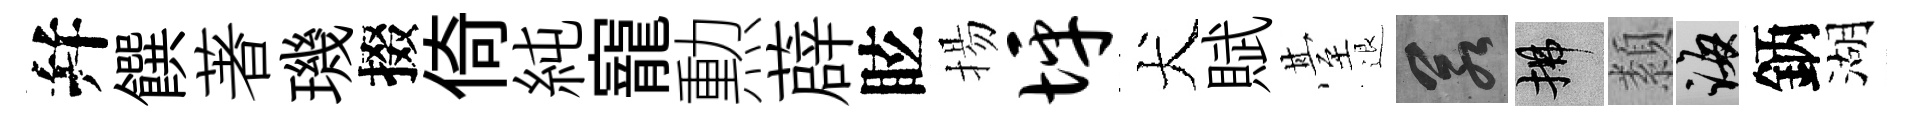
幷饌著璣掇倚純寵勲薜眩揚坪犬賦䑓退若拂纇誨鈵湖